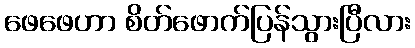
ဖေဖေဟာ စိတ်ဖောက်ပြန်သွားပြီလား